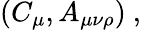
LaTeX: (C_{\mu},A_{\mu\nu\rho})\ ,